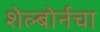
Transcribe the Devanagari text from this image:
शेल्बोर्नचा